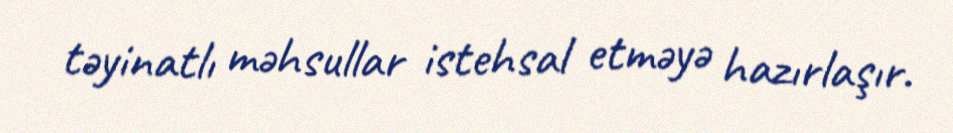
təyinatlı məhsullar istehsal etməyə hazırlaşır.